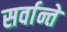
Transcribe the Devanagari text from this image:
सर्वान्ते